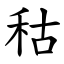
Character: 秙